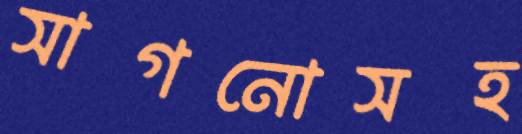
সাগনোসহ